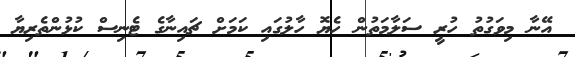
އޭނާ މިވަގުތު ހުރީ ސަލާމަތުން ހެޔޮ ހާލުގައި ކަމަށް ޗައިނާގެ ޓެނިސް ކުޅުންތެރިޔާ